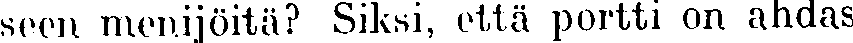
seen menijöitä? Siksi, että portti on ahdas